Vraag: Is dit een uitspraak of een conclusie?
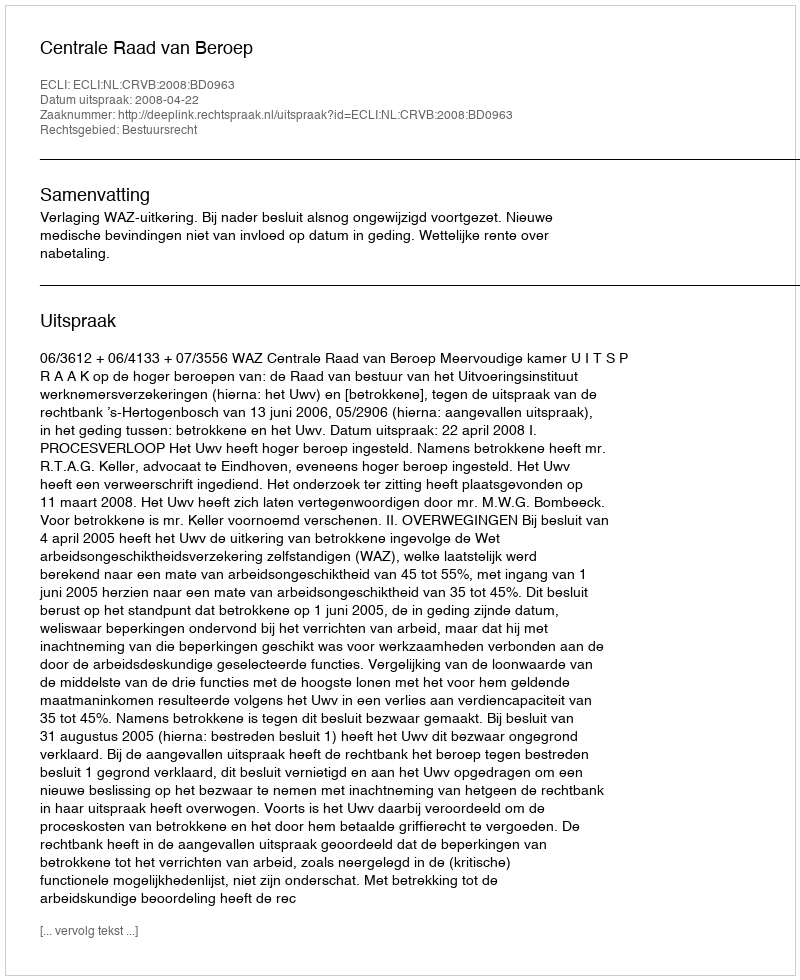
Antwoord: Uitspraak